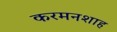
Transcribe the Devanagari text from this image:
करमनशाह